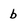
Character: b